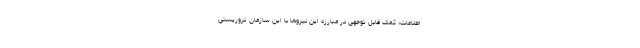
اطلاعات؛ کمک قابل توجهی در مبارزه این نیروها با این سازمان تروریستی